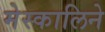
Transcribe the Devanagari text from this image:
मेस्कालिने